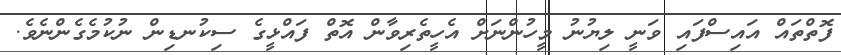
ފޮތްތައް އައިސްފައި ވަނީ ލިޔުނު މީހުންނަށް އެހީތެރިވާން އޮތް ފައްޅީގެ ސިކުނޑިން ނުކުމެގެންނެވެ.